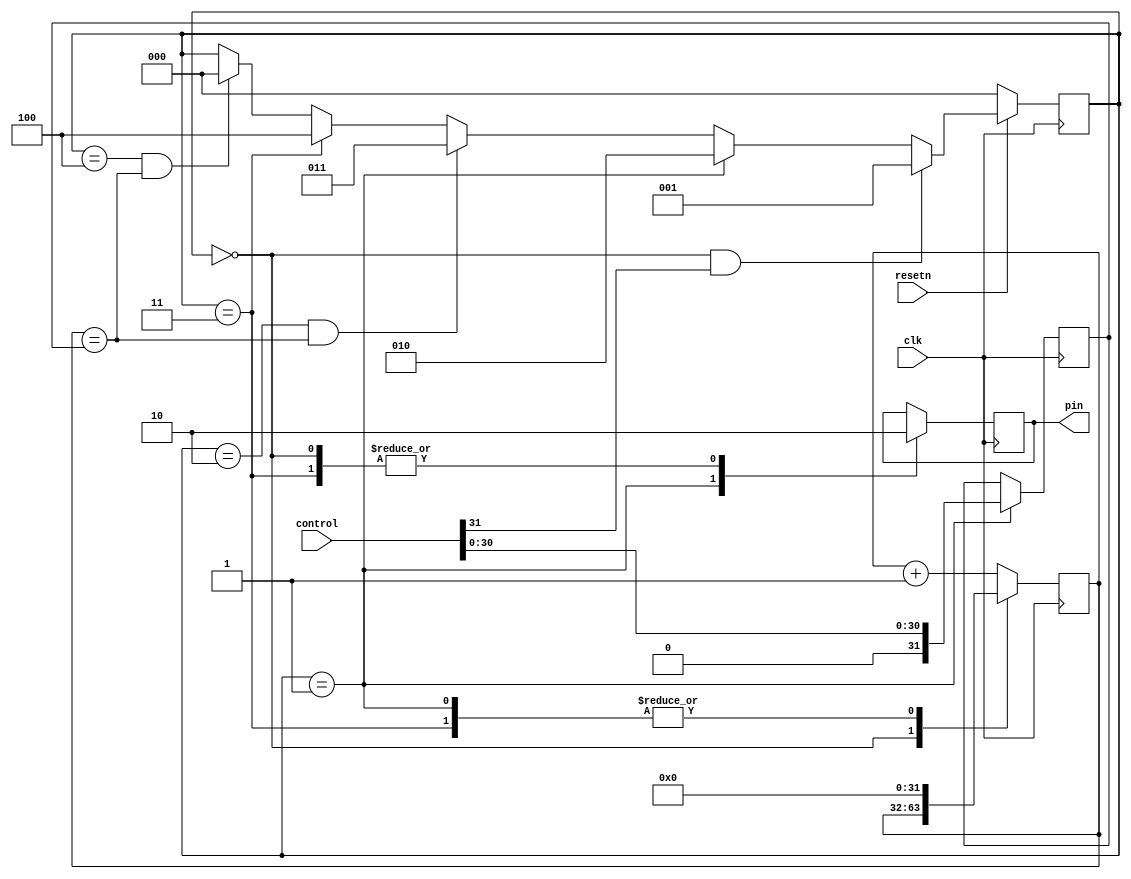
module gpio2_buzzer(
    input         clk, //33MHz
    input         resetn,
    input  [31:0] control,
    output        pin
);

    reg  [31:0] counter;
    reg  [31:0] freq;
    reg         out;
    assign pin = out;

    reg [ 2:0] curr_state;
    reg [ 2:0] next_state;
    always @(posedge clk)
    begin
        if (!resetn)
            curr_state <= 3'b000;
        else
            curr_state <= next_state;
    end

    always @(*)
    begin
        if (curr_state == 3'b000 & control[31])
            next_state <= 3'b001;
        else if (curr_state == 3'b001)
            next_state <= 3'b010;
        else if (curr_state == 3'b010 & (counter == freq))
            next_state <= 3'b011;
        else if (curr_state == 3'b011)
            next_state <= 3'b100;
        else if (curr_state == 3'b100 & (counter == freq))
            next_state <= 3'b000;
        else
            next_state <= curr_state;
    end

    always @(posedge clk)
    begin
        case (curr_state)
            3'b000: out <= 1'b0;
            3'b001:
            begin
                out     <= 1'b1;
                counter <= 32'b0;
                freq    <= {1'b0, control[30:0]};
            end
            3'b011:
            begin
                out     <= 1'b0;
                counter <= 32'b0;
            end
            default:
                counter <= counter + 32'b1;
        endcase
    end
endmodule